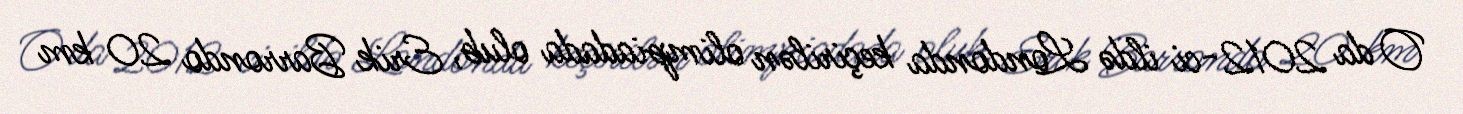
O da 2012-ci ildə Londonda keçirilən olimpiadada olub, Erik Barrondo 20 km